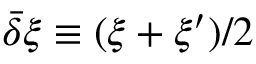
\bar { \delta } \xi \equiv ( \xi + \xi ^ { \prime } ) / 2